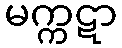
မက္ကဋာ